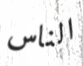
الناس